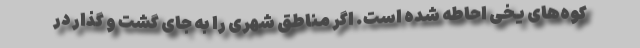
کوه‌های یخی احاطه شده است. اگر مناطق شهری را به جای گشت و گذار در